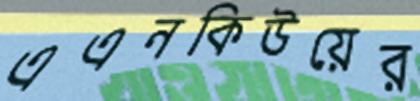
এএনকিউয়ের